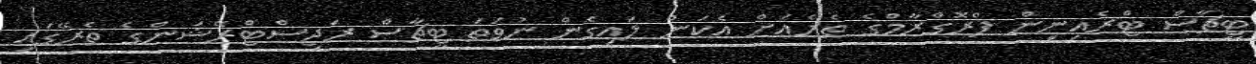
ޓީޗާސް ޓްރެއިނިން ޕްރޮގްރާމްގެ ތެރެއަށް އެކަން ލައިގެން ނުވަތަ ޓީޗާސް ރަޖިސްޓްރޭޝަންގެ ތެރޭގައި